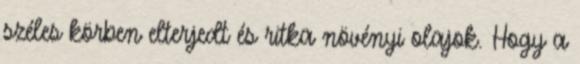
széles körben elterjedt és ritka növényi olajok. Hogy a